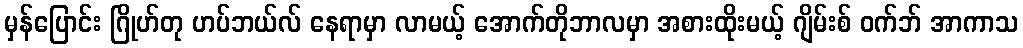
မှန်ပြောင်း ဂြိုဟ်တု ဟပ်ဘယ်လ် နေရာမှာ လာမယ့် အောက်တိုဘာလမှာ အစားထိုးမယ့် ဂျိမ်းစ် ဝက်ဘ် အာကာသ